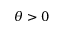
\theta > 0